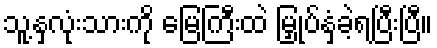
သူ့နှလုံးသားကို မြေကြီးထဲ မြှုပ်နှံခဲ့ရပြီးပြီ။